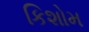
કિશોમ